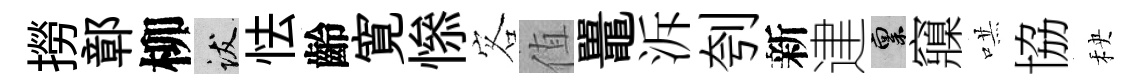
撈鄣柳跋怯齡寛𢡖客值鼉泝刳新䢖禀䆿哄協秧